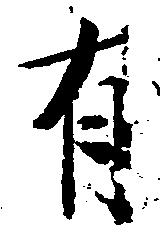
有